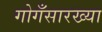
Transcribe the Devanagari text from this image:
गोगँसारख्या